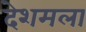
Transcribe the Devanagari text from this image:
देशमला